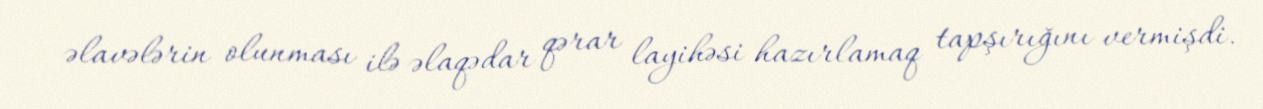
əlavələrin olunması ilə əlaqədar qərar layihəsi hazırlamaq tapşırığını vermişdi.